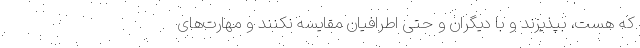
که هست، بپذیرند و با دیگران و حتی اطرافیان مقایسه نکنند و مهارت‌های